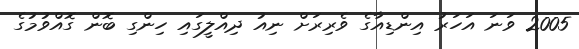
2005 ވަނަ އަހަރު އިންޑިއާގެ ވެރިރަށް ނިއު ދިއްލީގައި ހިންގި ބޮން ގޮއްވުމުގެ